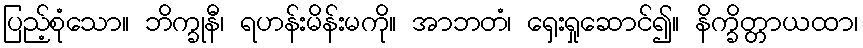
ပြည့်စုံသော။ ဘိက္ခုနီ၊ ရဟန်းမိန်းမကို။ အာဘတံ၊ ရှေးရှုဆောင်၍။ နိက္ခိတ္တာယထာ၊